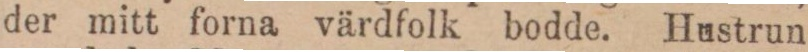
der mitt forna värdfolk bodde. Hustrun